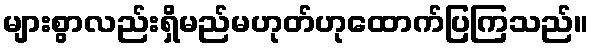
များစွာလည်းရှိမည်မဟုတ်ဟုထောက်ပြကြသည်။